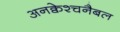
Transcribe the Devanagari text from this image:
अनक्वेश्चनैबल